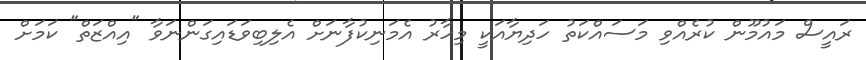
ރައީސް މައުމޫން ކުރެއްވި މަސައްކަތު ހަދިޔާއަކީ މިހާރު އެމަނިކުފާނަށް އެލިބިވަޑައިގަންނަވާ "އިއްޒަތް" ކަމަށް